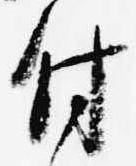
付